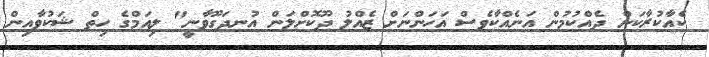
ކެއާކުރާކަން ދެއްކުމުން އަނެއްކާވެސް އަހަންނަށް ޒެއްލު ދޫކޮށްލަން އުނދަގޫވާނީ" ލިއަމްގެ ހިތް ޝަކުވާއިން